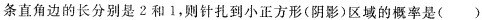
条直角边的长分别是2和1，则针扎到小正方形(阴影)区域的概率是()。